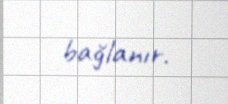
bağlanır.